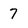
Character: 7